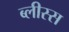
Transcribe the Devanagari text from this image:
ब्लीस्स